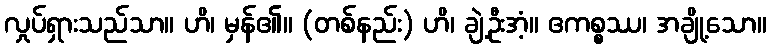
လှုပ်ရှားသည်သာ။ ဟိ၊ မှန်၏။ (တစ်နည်း) ဟိ၊ ချဲ့ဦးအံ့။ ဧကစ္စဿ၊ အချို့သော။